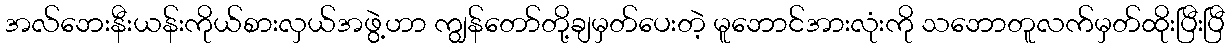
အလ်ဘေးနီးယန်းကိုယ်စားလှယ်အဖွဲ့ဟာ ကျွန်တော်တို့ချမှတ်ပေးတဲ့ မူဘောင်အားလုံးကို သဘောတူလက်မှတ်ထိုးပြီးပြီ